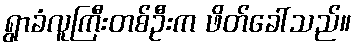
ရွာခံလူကြီးတစ်ဦးက ဖိတ်ခေါ်သည်။